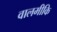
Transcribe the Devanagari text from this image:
वालमीकि